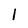
Character: 1